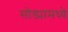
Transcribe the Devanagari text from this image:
सोड्यामध्ये